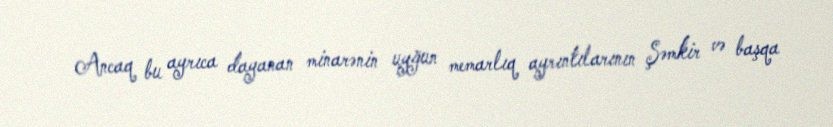
Ancaq bu ayrıca dayanan minarənin uyğun memarlıq ayrıntılarının Şəmkir və başqa